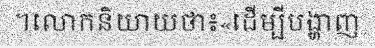
។លោកនិយាយថា៖«ដើម្បីបង្ហាញ